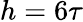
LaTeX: h=6\tau